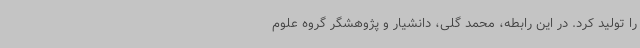
را تولید کرد. در این رابطه، محمد گلی، دانشیار و پژوهشگر گروه علوم